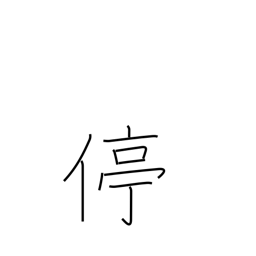
Meaning: halt